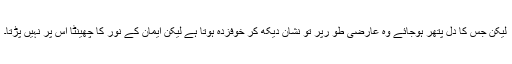
لیکن جس کا دل پتھر ہوجائے وہ عارضی طو رپر تو نشان دیکھ کر خوفزدہ ہوتا ہے لیکن ایمان کے نور کا چھینٹا اس پر نہیں پڑتا۔